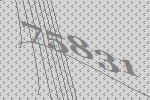
75831